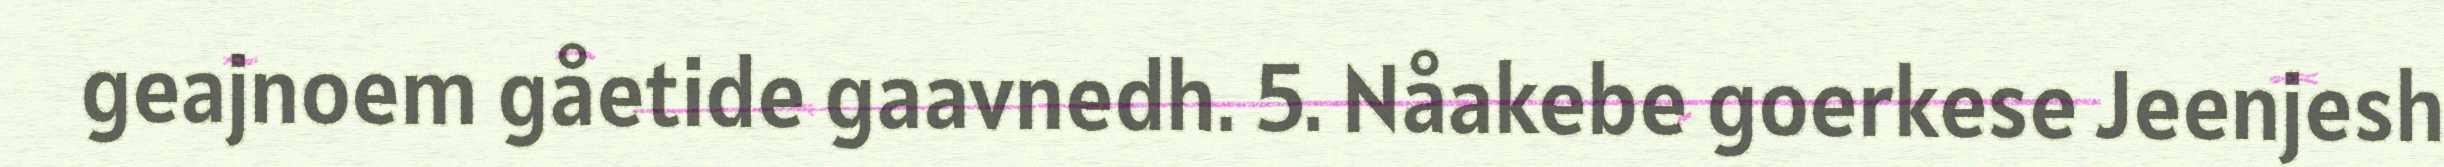
geajnoem gåetide gaavnedh. 5. Nåakebe goerkese Jeenjesh